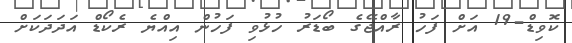
ކޮވިޑް-19 އަށް ފަހު ރާއްޖޭގެ ބޯޑަރު ހުޅުވި ފަހުން އިއްޔެ ރެކޯޑް އަދަދަކަށް